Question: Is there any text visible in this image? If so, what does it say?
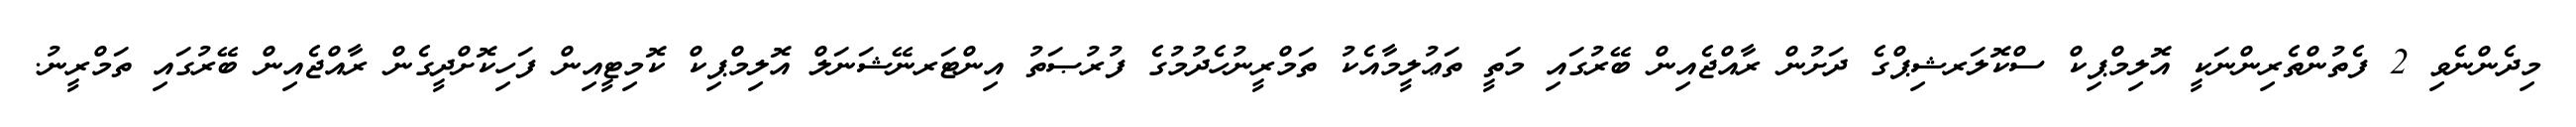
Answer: މިދެންނެވި 2 ފެތުންތެރިންނަކީ އޮލިމްޕިކް ސްކޮލަރޝިޕްގެ ދަށުން ރާއްޖެއިން ބޭރުގައި މަތީ ތަޢުލީމާއެކު ތަމްރީނުހެދުމުގެ ފުރުޞަތު އިންޓަރނޭޝަނަލް އޮލިމްޕިކް ކޮމިޓީއިން ފަހިކޮށްދީގެން ރާއްޖެއިން ބޭރުގައި ތަމްރީނު.